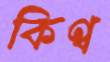
কিণ্ব